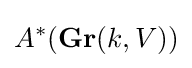
A^{*}(\mathbf {Gr} (k,V))